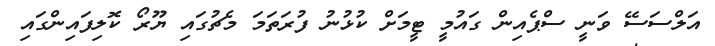
އަލްސަސޭ ވަނީ ސްޕެއިން ގައުމީ ޓީމަށް ކުޅުނު ފުރަތަމަ މެޗުގައި ޔޫރޯ ކޮލިފައިންގައި